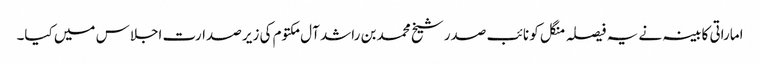
اماراتی کابینہ نے یہ فیصلہ منگل کو نائب صدر شیخ محمد بن راشد آل مکتوم کی زیر صدارت اجلاس میں کیا۔